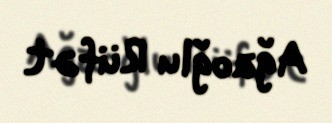
Ağaoğlu Rüfət